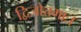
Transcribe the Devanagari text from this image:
द्विजोत्तमाः।